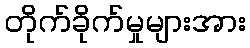
တိုက်ခိုက်မှုများအား